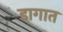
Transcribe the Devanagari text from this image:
डागात